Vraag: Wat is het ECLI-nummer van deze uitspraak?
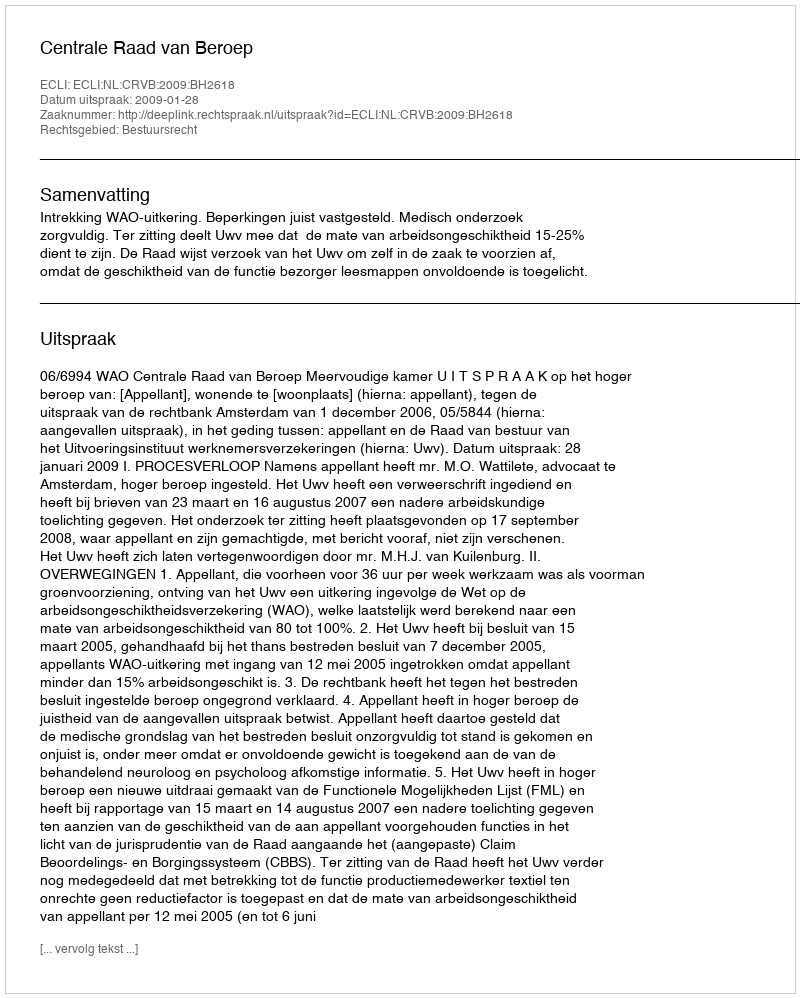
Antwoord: ECLI:NL:CRVB:2009:BH2618